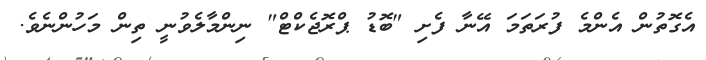
އެގޮތުން އެންމެ ފުރަތަމަ އޭނާ ފެށި "ބޮޑު ޕްރޮޖެކްޓް" ނިންމާލެވުނީ ތިން މަހުންނެވެ.